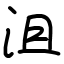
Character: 沮